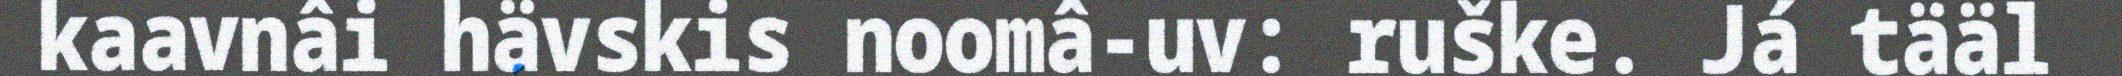
kaavnâi hävskis noomâ-uv: ruške. Já tääl